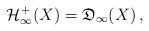
LaTeX: \begin{align*}\mathcal{H}^{+}_{\infty}(X) = \mathfrak{D}_\infty(X)\,,\end{align*}